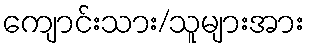
ကျောင်းသား/သူများအား